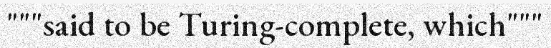
"""said to be Turing-complete, which"""